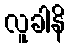
လူခါနိ